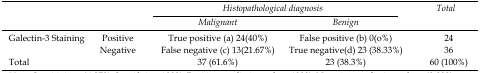
<table><thead><tr><td rowspan="3" colspan="2"></td><td colspan="2"><b><i>Histopathological diagnosis</i></b></td><td rowspan="3"><b><i>Total</i></b></td></tr><tr><td><b><i>Malignant</i></b></td><td><b><i>Benign</i></b></td></tr></thead><tbody><tr><td rowspan="2">Galectin-3 Staining</td><td>Positive</td><td>True positive(a) 24(40%)</td><td>False positive(b) 0(o%)</td><td>24</td></tr><tr><td>Negative</td><td>False negative(c) 13(21.67%)</td><td>True negative(d) 23(38.33%)</td><td>36</td></tr><tr><td colspan="2">Total</td><td>37(61.6%)</td><td>23(38.3%)</td><td>60(100%)</td></tr></tbody></table>